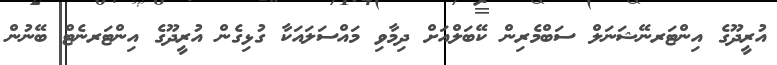
އުރީދޫގެ އިންޓަރނޭޝަނަލް ސަބްމެރިން ކޭބަލްއަށް ދިމާވި މައްސަލައަކާ ގުޅިގެން އުރީދޫގެ އިންޓަރނެޓް ބޭނުން